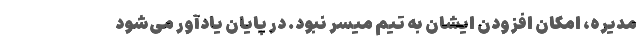
مدیره، امکان افزودن ایشان به تیم میسر نبود. در پایان یادآور می‌شود